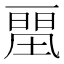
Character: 𰀛